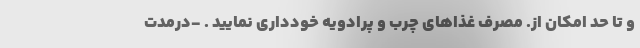
و تا حد امکان از. مصرف غذاهای چرب و پرادویه خودداری نمایید . -درمدت